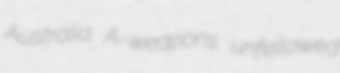
Australia A-weapons unfellowed